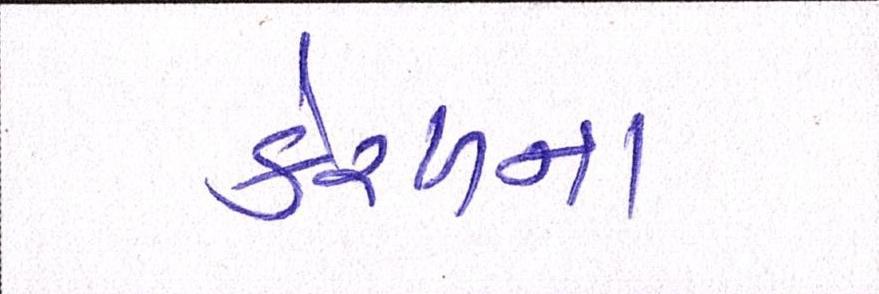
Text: કેરળના